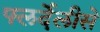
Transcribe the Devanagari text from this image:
फ्लर्देलीसे